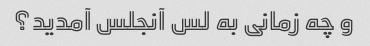
و چه زمانی به لس آنجلس آمدید؟